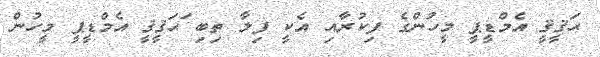
ޙަޤީޤީ އެމްޑީޕީ މީހުންގެ ފިކުރާއި އެކީ ފިލާ ތިބި ަޙަޤީޤީ އެމްޑީޕީ މީހުން